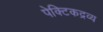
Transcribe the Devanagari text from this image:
पेक्टिकद्रव्य